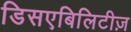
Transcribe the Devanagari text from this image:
डिसएबिलिटीज़